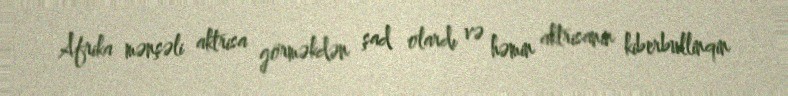
Afrika mənşəli aktrisa görməkdən şad olardı və həmin aktrisanın kiberbullinqin